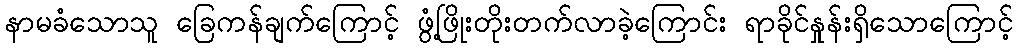
နာမခံသောသူ ခြေကန်ချက်ကြောင့် ဖွံ့ဖြိုးတိုးတက်လာခဲ့ကြောင်း ရာခိုင်နှုန်းရှိသောကြောင့်